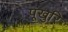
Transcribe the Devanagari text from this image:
पूखुरि